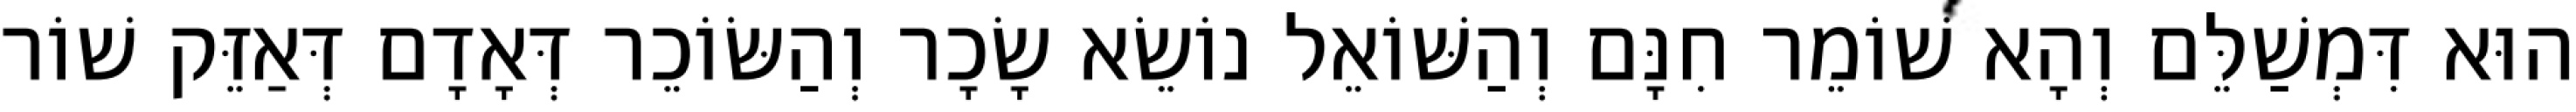
הוּא דִּמְשַׁלֵּם וְהָא שׁוֹמֵר חִנָּם וְהַשּׁוֹאֵל נוֹשֵׂא שָׂכָר וְהַשּׂוֹכֵר דְּאָדָם דְּאַזֵּק שׁוֹר